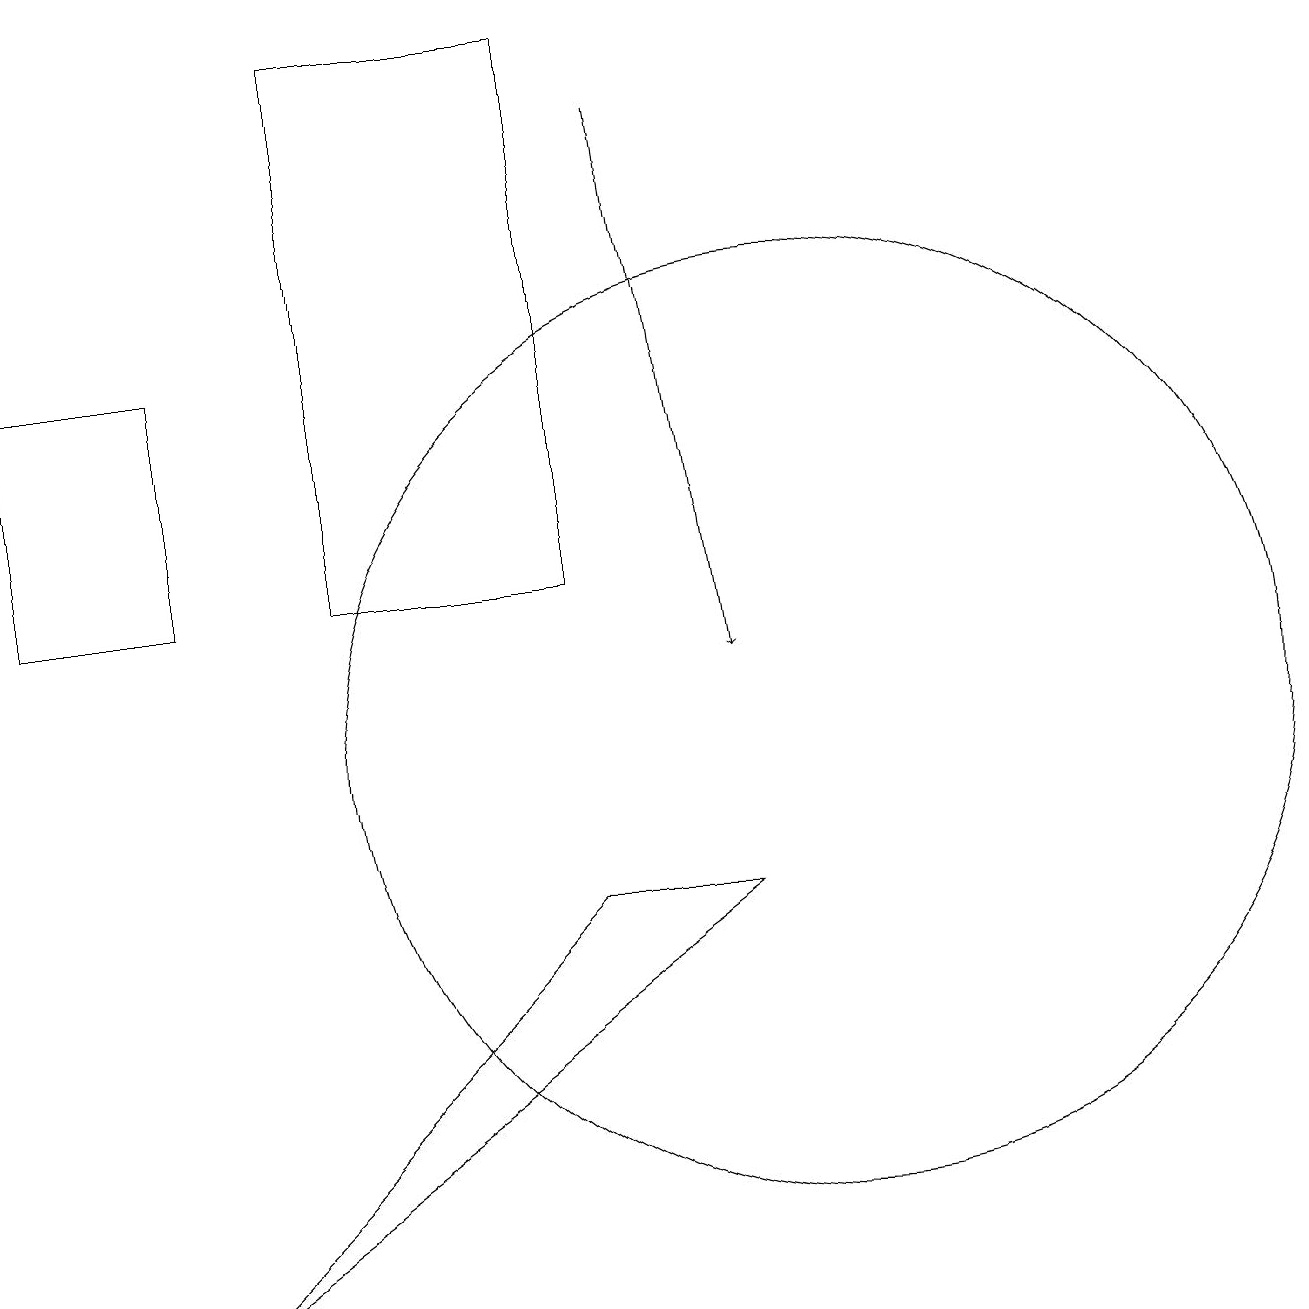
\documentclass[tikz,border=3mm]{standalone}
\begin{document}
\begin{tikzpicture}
\draw (10,10) circle (0);
\draw[->] (8,18) -- (9,11);
\draw (0,12) rectangle (2,15);
\draw (10,10) circle (6);
\draw (7,19) rectangle (4,12);
\draw (9,8) -- (7,8) -- (2,3) -- cycle;
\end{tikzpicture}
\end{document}